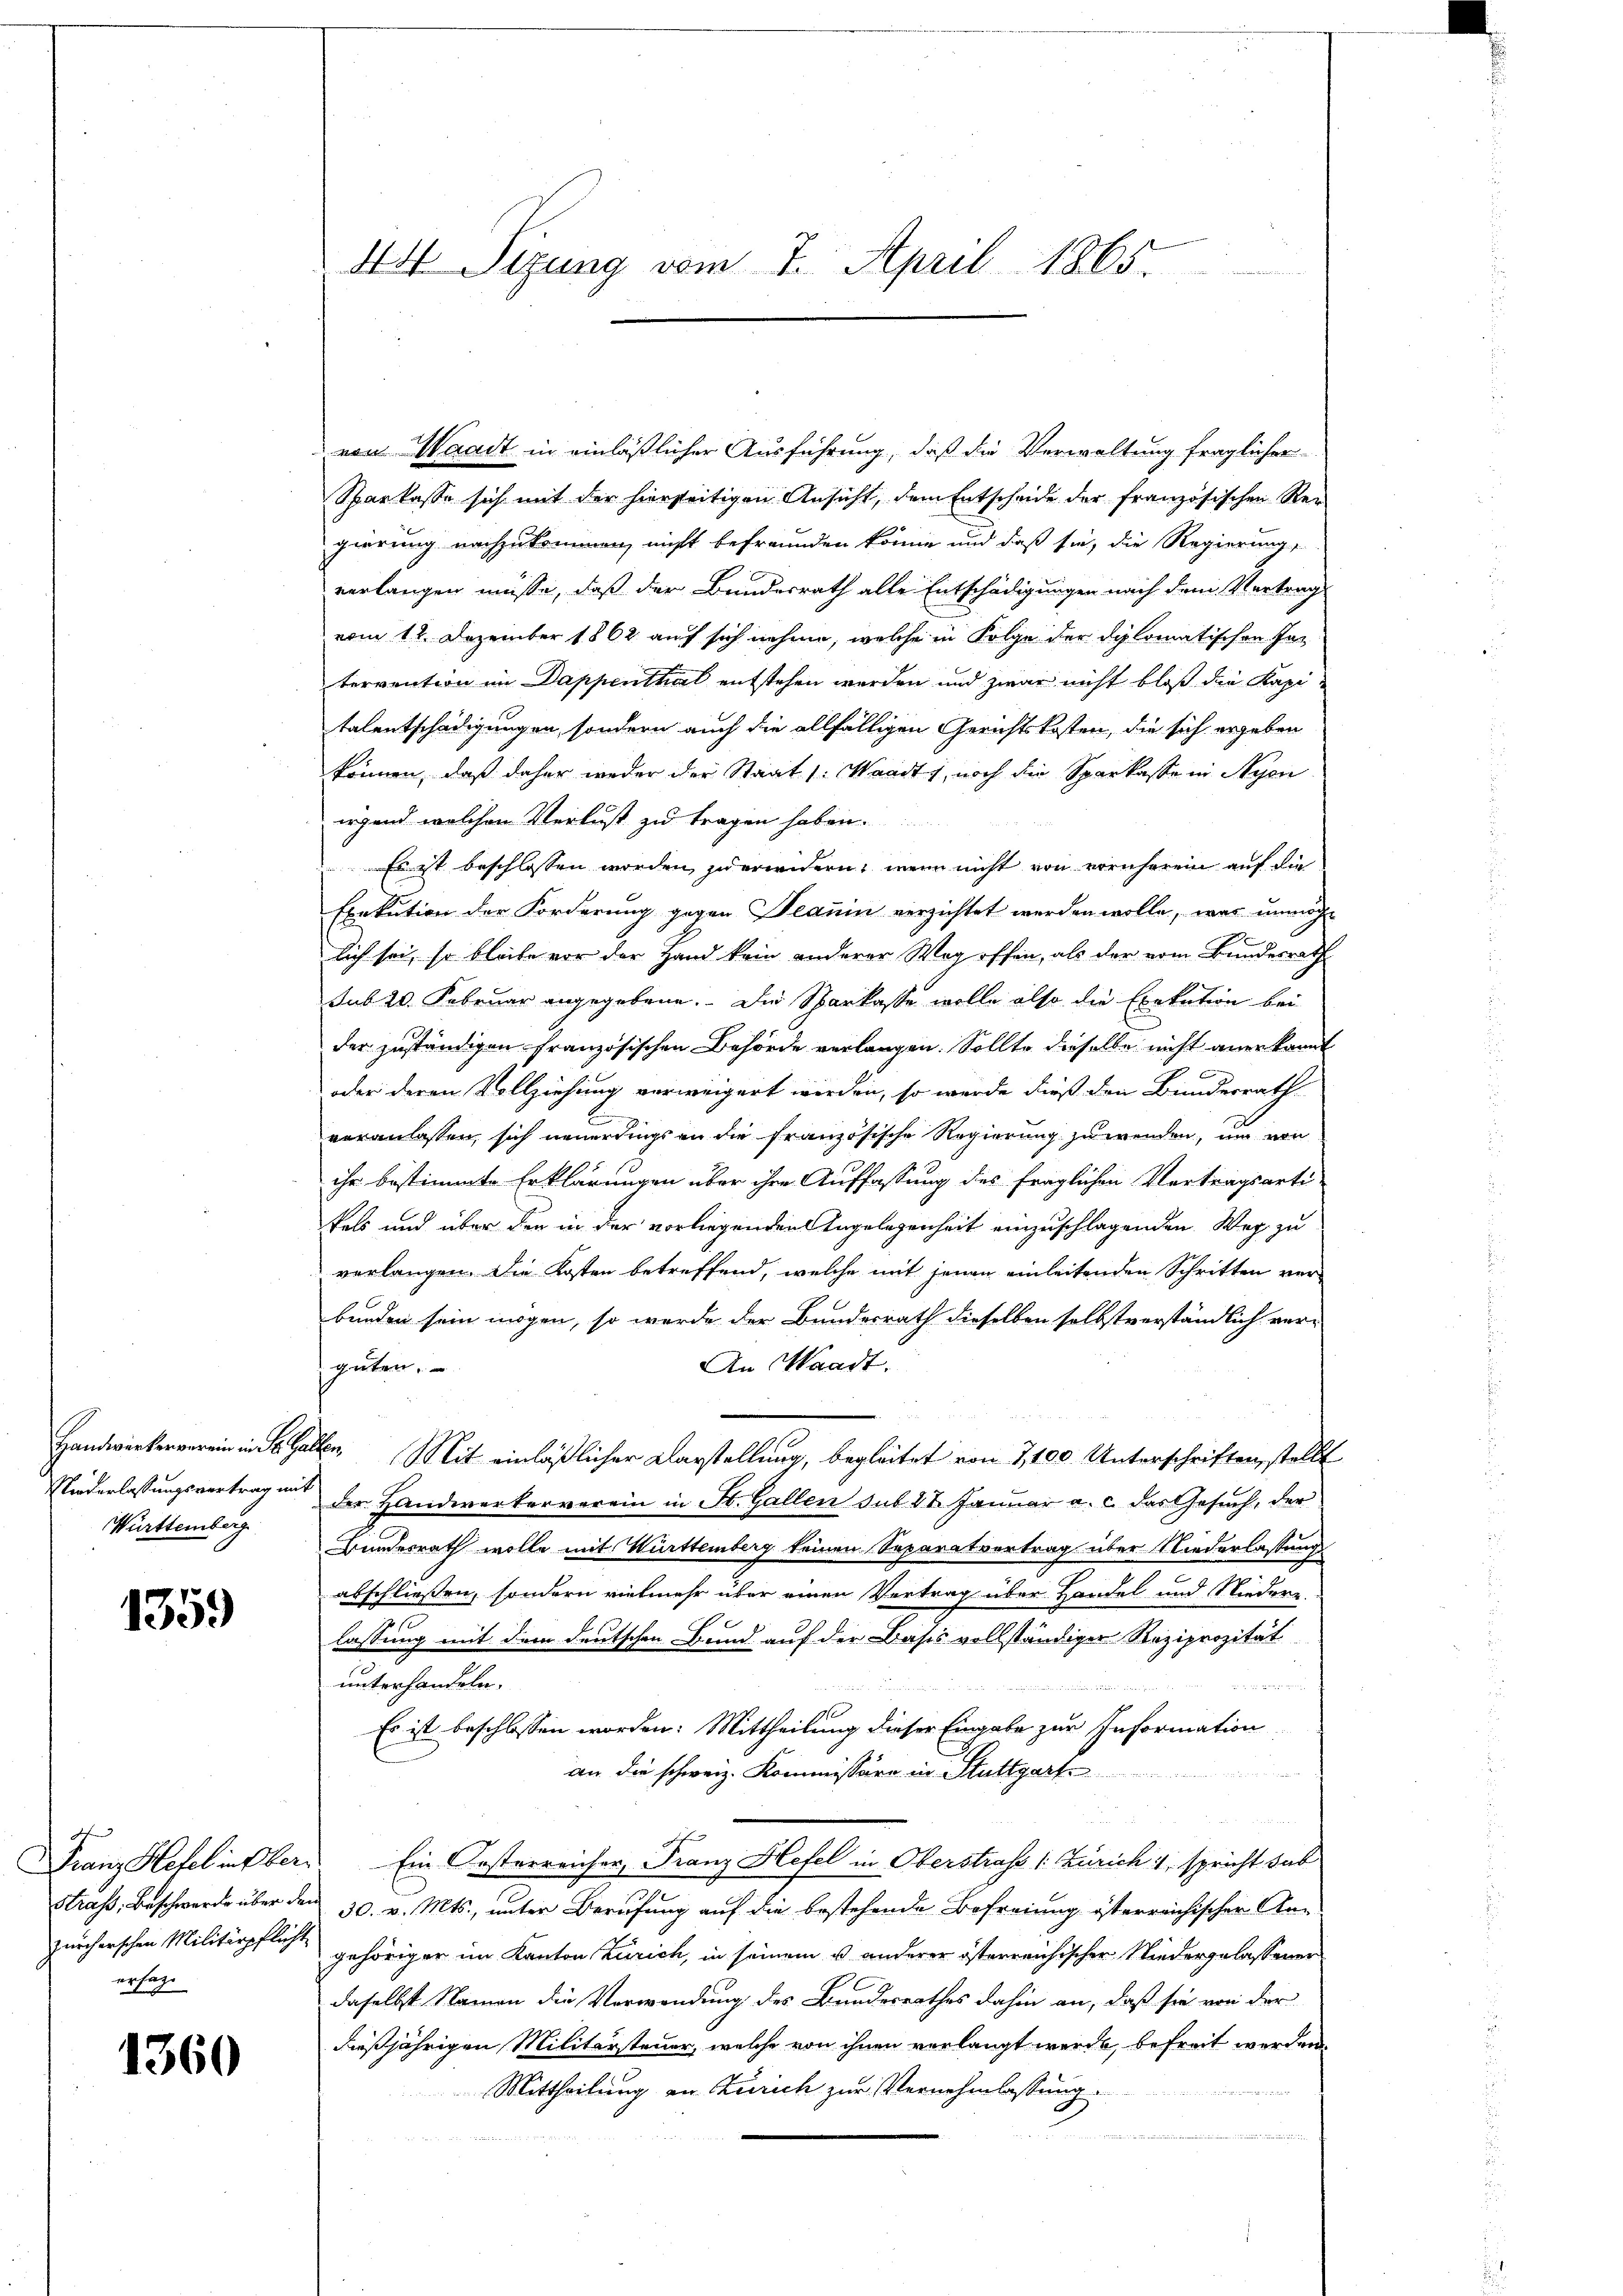
Württemberg

1359

ersage

1360

von Waadt in einläßlicher Ausführung, daß die Verwaltung fraglicher
Sparkasse sich mit der hierseitigen Ansicht, dem Entscheide der französischen Ver-
gierung nachzukommen, nicht befreunden könne und daß sie, die Regierung,
verlangen müsse, daß der Bundesrath alle Entschädigungen nach dem Vertrag
vom 12. Dezember 1862 auf sich nehme, welche in Folge der diplomatischen Ins
tervention im Dappenthal entstehen werden und zwar nicht bloß die Kapitalentschädigungen, sondern auch die allfälligen Gerichtskosten, die sich ergeben
können, daß daher weder der Staat 1. Waadt, noch die Sparkasse in Nyon
irgend welchen Verlust zu tragen haben.
Es ist beschlossen worden zu erwidern, wenn nicht von vornherei auf die
Exekution der Forderung gegen Teanin verzichtet werden wolle, was unmöchlich sei, so bleibe vor der Hand kein anderer Weg offen, als der vom Bundesrath
sub 20. Februar angegebene. Die Sparkasse wolle also die Exekution bei
der zuständigen französischen Behörde verlangen. Sollte dieselbe nicht anerkannt
oder deren Vollziehung verweigert werden, so werde dieß den Bundesrath
veranlassen, sich neuerdings an die französische Regierung zu werden, um von
ihr bestimmte Erklärungen über ihre Auffassung des fraglichen Vertragsarti-
kels und über den in der vorliegenden Angelegenheit einzuschlagenden Weg zu
verlangen. Die Kosten betreffend, welche mit jenen einleitenden Schritten ver-
bunden sein mögen, so werde der Bundesrath dieselben selbstverständlich ver-
An Waadt.
guten.
Handwerkerverein in St. Gallen. Mit einläßlicher Darstellung, begleitet von 2,100. Unterschriften, stellt
Niederlassungsvertrag und der Handwerkerverein in St. Gallen sub 22 Januar a. c. das Gesuch, der
Bundesrath wolle mit Württemberg keinen Separatvertrag über Niederlassung
abschließen, sondern vielmehr über einen Vertrag über Handel und Nieder-
lassung mit dem deutschen Bund auf der Basis vollständiger Reziprozität
unterhandeln.

Es ist beschlossen worden: Mittheilung dieser Eingabe zur Information
an die schweiz. Kommissäre in Stuttgart
Franz Hefel in Ober. Ein Oesterreicher, Franz Hefel in Oberstraf /: Zürich 1, spricht das
Straß, Beschwerde über den 30. v. Mts., unter Berufung auf die bestehende Befreiung österreichischer An-
zürcherschen Militärpflicht gehöriger im Kanton Zürich, in seinem u. anderer österreichischer Niedergelassener
daselbst Namen die Verwendung des Bundesrathes dahin an, daß sie von der
dießjährigen Militärsteuer, welche von ihnen verlangt werde, befreit werden.
Mittheilung an Zürich zur Vernehmlassung.
4
a

44 Sizung vom 7. April 1865.